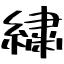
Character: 繍